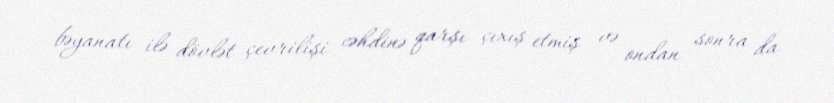
bəyanatı ilə dövlət çevrilişi cəhdinə qarşı çıxış etmiş və ondan sonra da